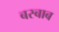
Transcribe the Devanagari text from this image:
बस्बाब